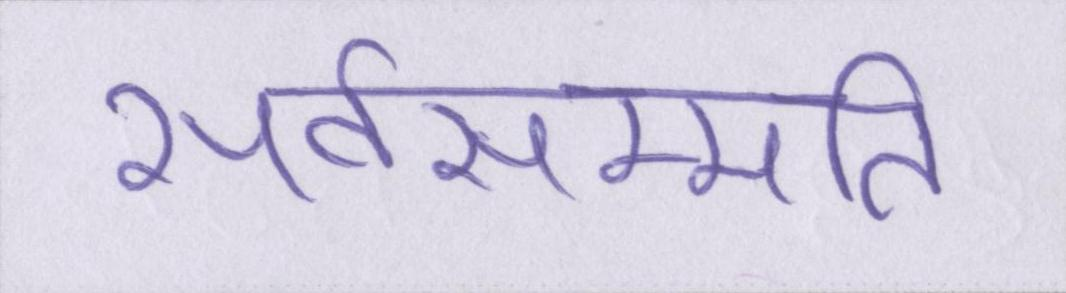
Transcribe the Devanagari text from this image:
सर्वसम्मति